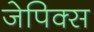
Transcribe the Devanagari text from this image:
जेपिक्स